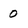
Character: 0